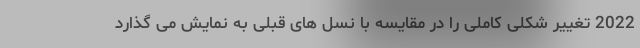
2022 تغییر شکلی کاملی را در مقایسه با نسل های قبلی به نمایش می گذارد